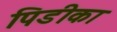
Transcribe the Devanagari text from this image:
पिडीका